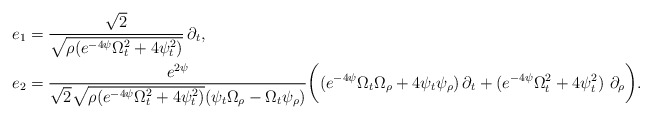
\begin{align*} e_1 &= \frac{\sqrt{2}}{\sqrt{\rho (e^{-4\psi} \Omega_t^2 + 4 \psi_t^2)}}\, \partial_t, \\e_2 &= \frac{ e^{2\psi} }{\sqrt{2} \sqrt{\rho (e^{-4\psi} \Omega_t^2 + 4 \psi_t^2)} (\psi_t \Omega_\rho - \Omega_t \psi_\rho)} \bigg((e^{-4\psi} \Omega_t \Omega_\rho + 4 \psi_t \psi_\rho)\, \partial_t + (e^{-4\psi} \Omega_t^2 + 4 \psi_t^2)\ \partial_\rho \bigg).\end{align*}